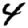
Digit: 4